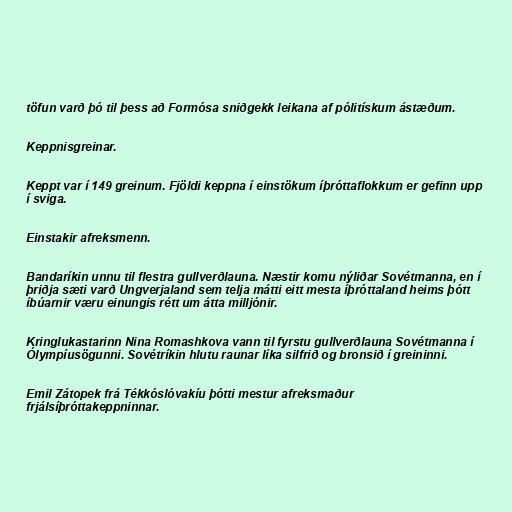
töfun varð þó til þess að Formósa sniðgekk leikana af pólitískum ástæðum.

Keppnisgreinar.

Keppt var í 149 greinum. Fjöldi keppna í einstökum íþróttaflokkum er gefinn upp
í sviga.

Einstakir afreksmenn.

Bandaríkin unnu til flestra gullverðlauna. Næstir komu nýliðar Sovétmanna, en í
þriðja sæti varð Ungverjaland sem telja mátti eitt mesta íþróttaland heims þótt
íbúarnir væru einungis rétt um átta milljónir.

Kringlukastarinn Nina Romashkova vann til fyrstu gullverðlauna Sovétmanna í
Ólympíusögunni. Sovétríkin hlutu raunar líka silfrið og bronsið í greininni.

Emil Zátopek frá Tékkóslóvakíu þótti mestur afreksmaður
frjálsíþróttakeppninnar.